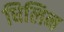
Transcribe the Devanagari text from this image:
धिलिन